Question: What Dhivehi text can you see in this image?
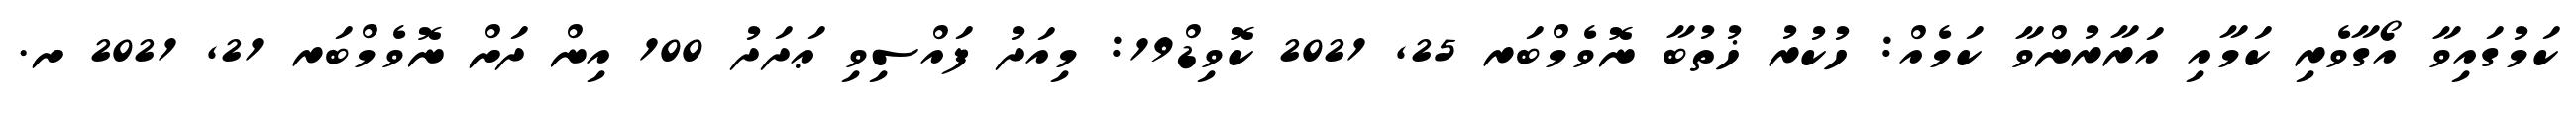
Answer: ކަމުގައިވާ އޯގާވެރި ކަމާއި އަރާރުންވާ ކަމެއް: ހުކުރު ޚުތުބާ ނޮވެމްބަރ 25, 2021 ކޮވިޑް19: މިއަދު ފައްސިވި ޢަދަދު 100 އިން ދަށް ނޮވެމްބަރ 21, 2021 ށ.